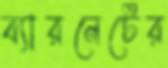
ব্যারনেটের